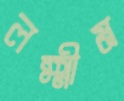
লক্ষ্মীম